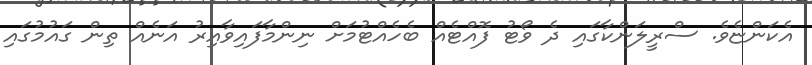
އެކަންޏެވެ. ސްރީލަންކާގައި ދެ ވޯޓު ފޮއްޓެއް ބެހެއްޓުމަށް ނިންމާފައިވާއިރު އަނެއް ތިން ގައުމުގައި